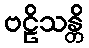
ဗဠိသန္တိ